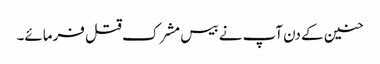
حنین کے دن آپ نے بیس مشرک قتل فرمائے۔